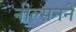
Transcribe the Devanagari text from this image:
नील्सनने